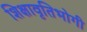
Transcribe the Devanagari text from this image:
शिक्षावृतिभोगी